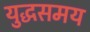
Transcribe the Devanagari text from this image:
युद्धसमय